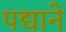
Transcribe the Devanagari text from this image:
पद्याने